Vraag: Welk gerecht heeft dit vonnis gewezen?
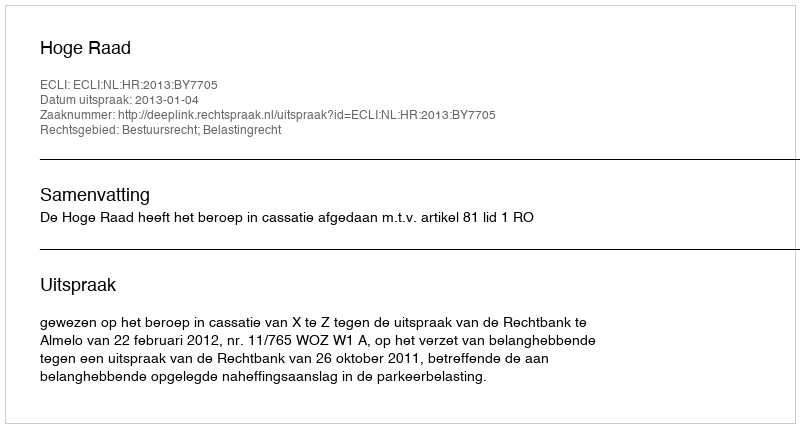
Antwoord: Hoge Raad